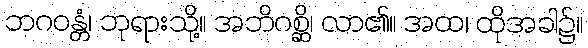
ဘဂဝန္တံ၊ ဘုရားသို့။ အဘိဂစ္ဆိ၊ လာ၏။ အထ၊ ထိုအခါ၌။